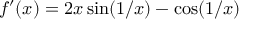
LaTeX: f ^ { \prime } ( x ) = 2 x \sin ( 1 / x ) - \cos ( 1 / x )